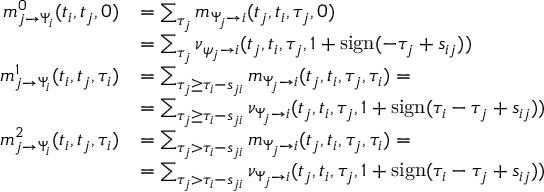
\begin{array} { r l } { m _ { j \to \Psi _ { i } } ^ { 0 } ( t _ { i } , t _ { j } , 0 ) } & { = \sum _ { \tau _ { j } } m _ { \Psi _ { j } \to i } ( t _ { j } , t _ { i } , \tau _ { j } , 0 ) } \\ & { = \sum _ { \tau _ { j } } \nu _ { \psi _ { j } \to i } ( t _ { j } , t _ { i } , \tau _ { j } , 1 + \mathrm { s i g n } ( - \tau _ { j } + s _ { i j } ) ) } \\ { m _ { j \to \Psi _ { i } } ^ { 1 } ( t _ { i } , t _ { j } , \tau _ { i } ) } & { = \sum _ { \tau _ { j } \geq \tau _ { i } - s _ { j i } } m _ { \Psi _ { j } \to i } ( t _ { j } , t _ { i } , \tau _ { j } , \tau _ { i } ) = } \\ & { = \sum _ { \tau _ { j } \geq \tau _ { i } - s _ { j i } } \nu _ { \Psi _ { j } \to i } ( t _ { j } , t _ { i } , \tau _ { j } , 1 + \mathrm { s i g n } ( \tau _ { i } - \tau _ { j } + s _ { i j } ) ) } \\ { m _ { j \to \Psi _ { i } } ^ { 2 } ( t _ { i } , t _ { j } , \tau _ { i } ) } & { = \sum _ { \tau _ { j } > \tau _ { i } - s _ { j i } } m _ { \Psi _ { j } \to i } ( t _ { j } , t _ { i } , \tau _ { j } , \tau _ { i } ) = } \\ & { = \sum _ { \tau _ { j } > \tau _ { i } - s _ { j i } } \nu _ { \Psi _ { j } \to i } ( t _ { j } , t _ { i } , \tau _ { j } , 1 + \mathrm { s i g n } ( \tau _ { i } - \tau _ { j } + s _ { i j } ) ) } \end{array}